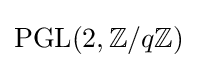
\operatorname {PGL} (2,\mathbb {Z} /q\mathbb {Z} )